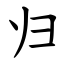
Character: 归